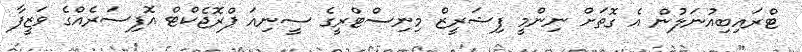
ޓްރައިބިއުނަލުން އެ ގޮތަށް ނިންމީ ފިޝަރީޒް މިނިސްޓްްރީގެ ސީނިއަ ޕްރޮޖެކްޓް އޮފިސަރެއްގެ ވަޒީފާ